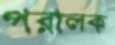
পরালক